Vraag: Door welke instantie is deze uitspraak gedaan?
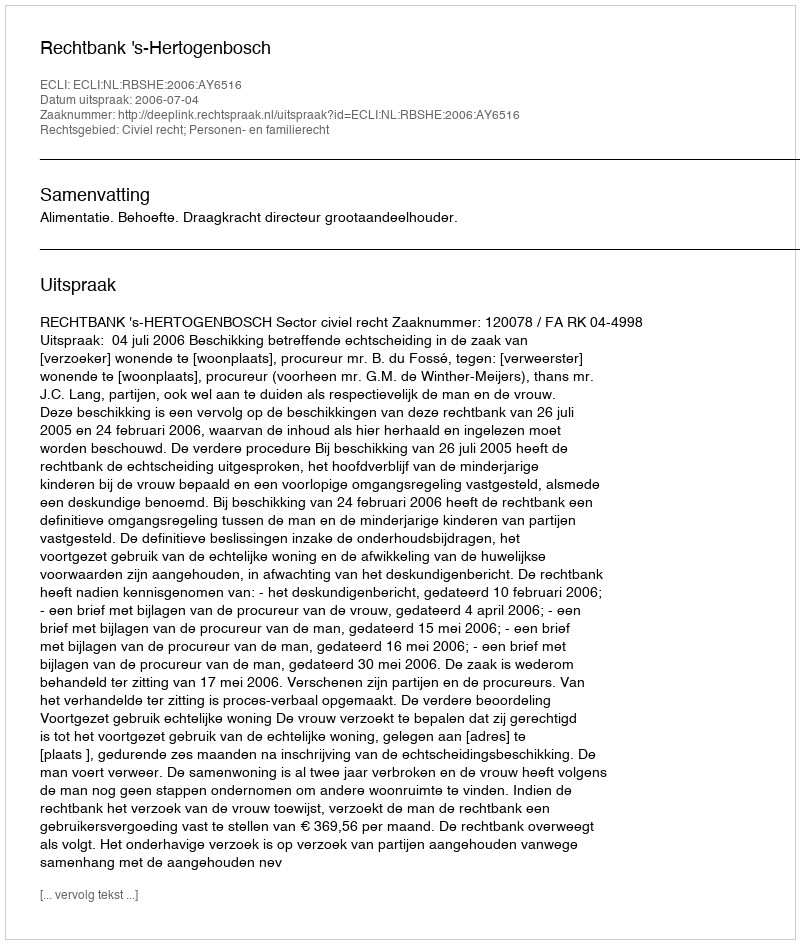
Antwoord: Rechtbank 's-Hertogenbosch